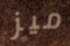
ميز